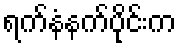
ရက်နံနက်ပိုင်းက